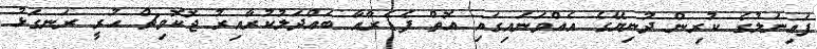
ފައިނަލުގެ ކުރިން ދުނިޔޭގެ އެއްވަނައިގައި އޮތް ފެޑެރާއާ ބައްދަލުކުރާއިރު ޖޮކޮވިޗް ހުރީ ރަނގަޅު